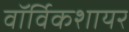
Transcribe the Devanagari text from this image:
वॉर्विकशायर